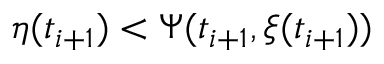
\eta ( t _ { i + 1 } ) < \Psi ( t _ { i + 1 } , \xi ( t _ { i + 1 } ) )